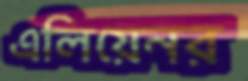
এলিয়েনর